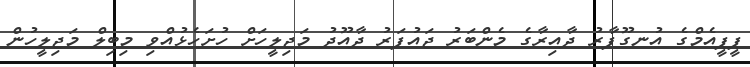
ޕީޕީއެމްގެ އުނގޫފާރު ދާއިރާގެ މެންބަރު ޖައުފަރު ދާއޫދު މަޖިލީހަށް ހުށަހެޅުއްވި މިބިލް މަޖިލީހުން